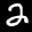
Label: 2